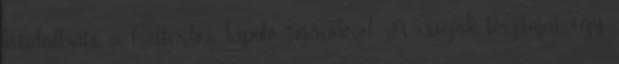
kitalálható a háttérben lapuló tojásokról. A csigák tésztáját egy